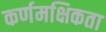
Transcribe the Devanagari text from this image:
कर्णमक्षिकता